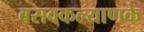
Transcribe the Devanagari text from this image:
बसवकल्याणके